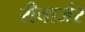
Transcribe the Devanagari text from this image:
रीचार्जर